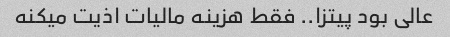
عالی بود پیتزا.. فقط هزینه مالیات اذیت میکنه